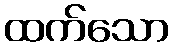
ထက်သော